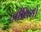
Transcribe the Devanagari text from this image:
जीवियो